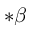
\boldsymbol { * } \beta